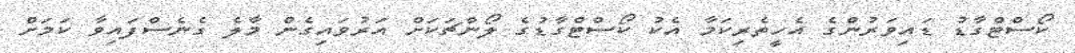
ކޯސްޓްގާޑު ޑައިވަރުންގެ އެހީތެރިކަމާ އެކު ކޯސްޓްގާޑުގެ ލޯންޗަކަށް އަރުވައިގެން މާލެ ގެނެސްފައިވާ ކަމަށް